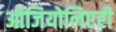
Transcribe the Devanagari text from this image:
ऑजियोलिएरी